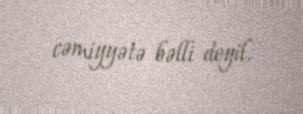
cəmiyyətə bəlli deyil.